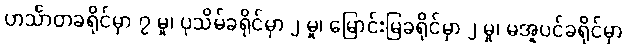
ဟင်္သာတခရိုင်မှာ ၇ မှု၊ ပုသိမ်ခရိုင်မှာ ၂ မှု၊ မြောင်းမြခရိုင်မှာ ၂ မှု၊ မအူပင်ခရိုင်မှာ